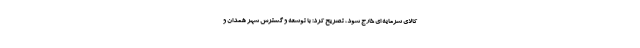
کالای سرمایه ای خارج شود، تصریح کرد: با توسعه و گسترش شهر همدان و